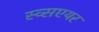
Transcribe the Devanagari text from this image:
स्व्सएयर